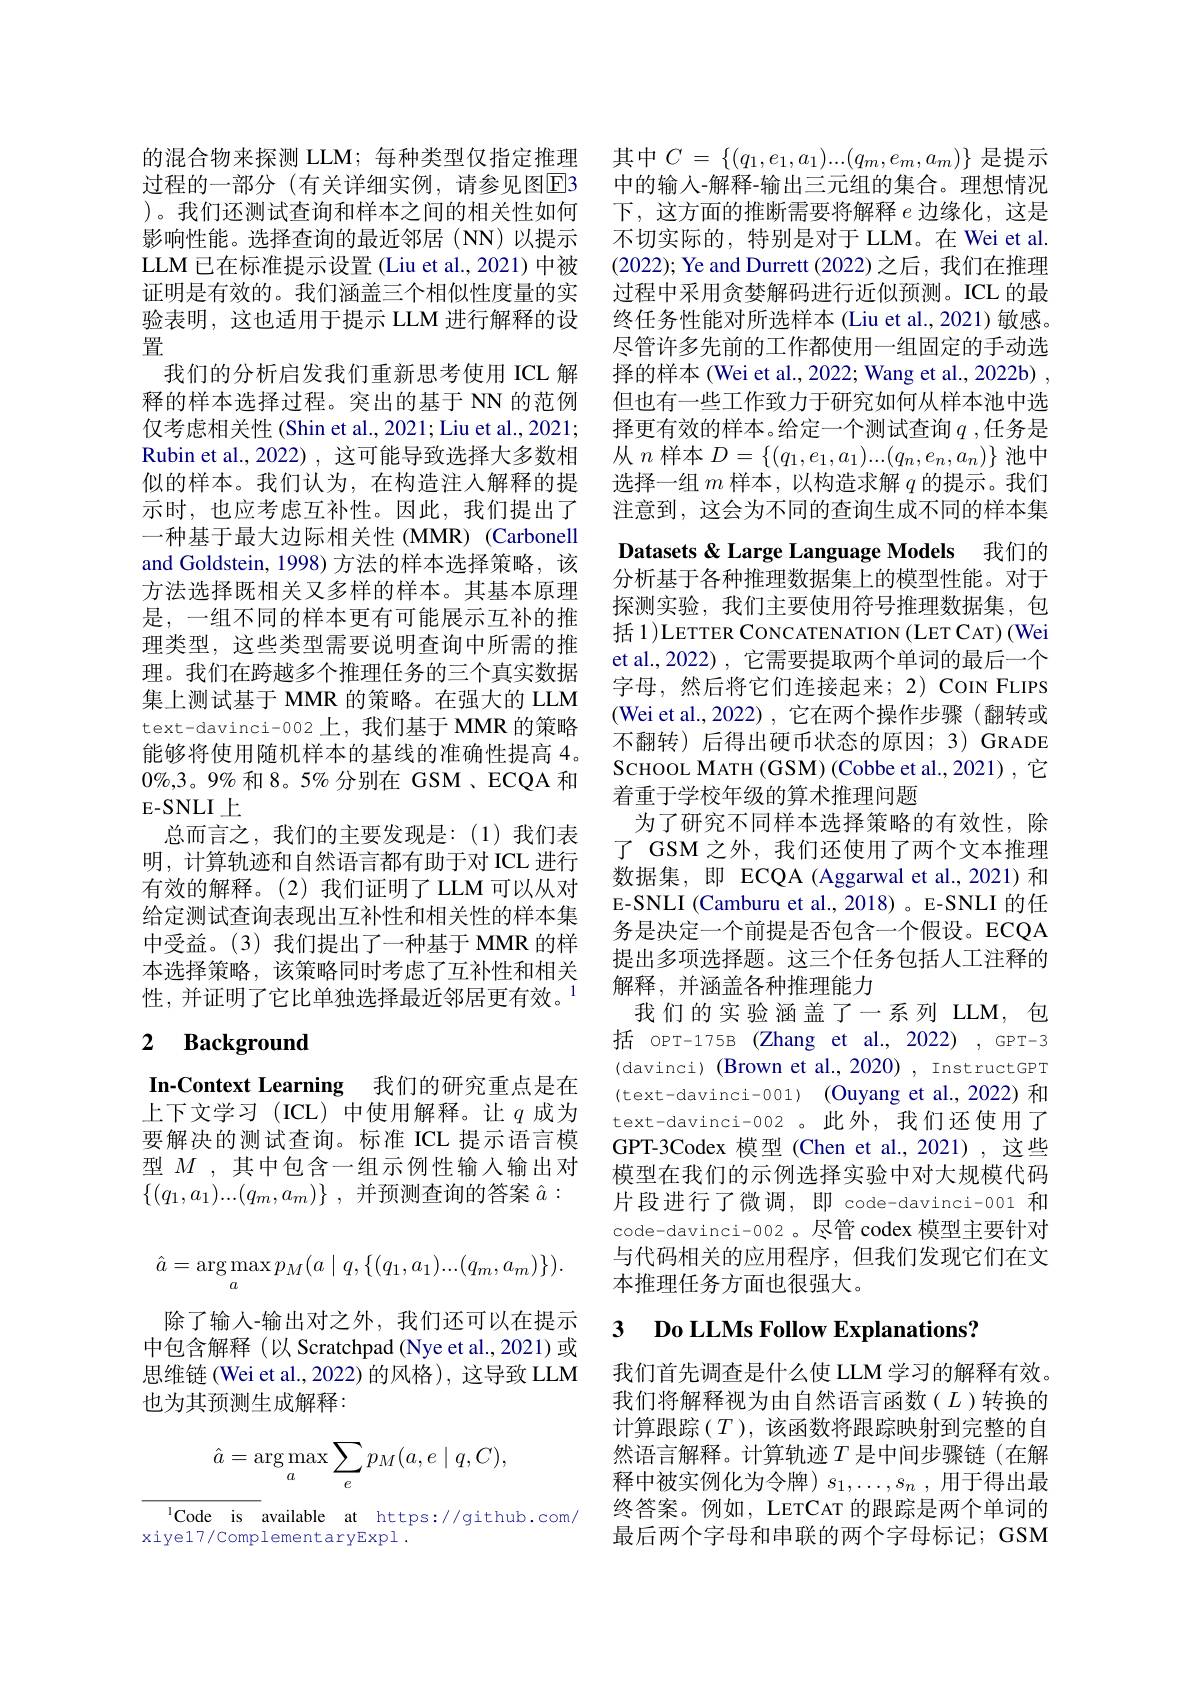
的混合物来探测 LLM; 每种类型仅指定推理 其中$C=\left\{(q_1,e_1,a_1)...(q_m,e_m,a_m)\right\}$ 是提示
过程的一部分(有关详细实例，请参见图E3 )。我们还测试查询和样本之间的相关性如何影响性能。选择查询的最近邻居(NN)以提示LLM 已在标准提示设置 (Liu et al., 2021) 中被证明是有效的。我们涵盖三个相似性度量的实验表明，这也适用于提示 LLM 进行解释的设置
我们的分析启发我们重新思考使用 ICL 解释的样本选择过程。突出的基于 NN 的范例仅考虑相关性 (Shin et al., 2021; Liu et al., 2021; Rubin et al., 2022) , 这可能导致选择大多数相似的样本。我们认为，在构造注入解释的提示时，也应考虑互补性。因此，我们提出了一种基于最大边际相关性 (MMR) (Carbonell and Goldstein, 1998) 方法的样本选择策略，该方法选择既相关又多样的样本。其基本原理是，一组不同的样本更有可能展示互补的推理类型，这些类型需要说明查询中所需的推理。我们在跨越多个推理任务的三个真实数据集上测试基于 MMR 的策略。在强大的 LLM text-davinci-002 上，我们基于 MMR 的策略能够将使用随机样本的基线的准确性提高 4。$0\%,3。9\%$和 8。5% 分别在 GSM、ECQA 和E-SNLI 上
总而言之，我们的主要发现是：(1)我们表明，计算轨迹和自然语言都有助于对 ICL 进行有效的解释。(2)我们证明了 LLM 可以从对给定测试查询表现出互补性和相关性的样本集中受益。(3)我们提出了一种基于 MMR 的样本选择策略，该策略同时考虑了互补性和相关性，并证明了它比单独选择最近邻居更有效。$^{1}$

# 2 Background

In-Context Learning 我们的研究重点是在上下文学习(ICL)中使用解释。让$q$成为要解决的测试查询。标准 ICL 提示语言模型$M$ ,其中包含一组示例性输入输出对$\{ ( q_1, a_1) . . . ( q_m, a_m) \}$ ,并预测查询的答案$\hat{a}:$
$$\hat{a}=\arg\max_ap_M(a\mid q,\{(q_1,a_1)...(q_m,a_m)\}).$$
除了输入-输出对之外，我们还可以在提示中包含解释(以 Scratchpad (Nye et al., 2021) 或思维链(Wei et al., 2022) 的风格), 这导致 LLM 也为其预测生成解释：
$$\hat{a}=\arg\max_{a}\sum_{e}p_{M}(a,e\mid q,C),$$
lCode is available at https://github.com/
xiye17/ComplementaryExpl.

Datasets & Large Language Models 我们的

中的输入-解释-输出三元组的集合。理想情况下，这方面的推断需要将解释$e$ 边缘化，这是不切实际的，特别是对于 LLM。在 Wei et al. (2022); Ye and Durrett (2022)之后，我们在推理过程中采用贪婪解码进行近似预测。ICL 的最终任务性能对所选样本(Liu et al., 2021) 敏感。尽管许多先前的工作都使用一组固定的手动选择的样本 (Wei et al., 2022; Wang et al., 2022b) , 但也有一些工作致力于研究如何从样本池中选择更有效的样本。给定一个测试查询$q$ ,任务是从$n$样本$D=\left\{(q_1,e_1,a_1)...(q_n,e_n,a_n)\right\}$池中选择一组$m$样本，以构造求解$q$的提示。我们注意到，这会为不同的查询生成不同的样本集分析基于各种推理数据集上的模型性能。对于探测实验，我们主要使用符号推理数据集，包$\operatorname{\text{括 1 )LETTER CONCATENATION (LET CAT) (Wei})}$ et al.,2022) ,它需要提取两个单词的最后一个字母，然后将它们连接起来；2)COIN FLIPS (Wei et al.,2022),它在两个操作步骤(翻转或不翻转)后得出硬币状态的原因；3)GRADE ScHOOL MATH (GSM) (Cobbe et al.,2021) ,它着重于学校年级的算术推理问题
为了研究不同样本选择策略的有效性，除了 GSM 之外，我们还使用了两个文本推理数据集，即 ECQA (Aggarwal et al.,2021)和E-SNLI (Camburu et al., 2018) 。E-SNLI 的任务是决定一个前提是否包含一个假设。ECQA 提出多项选择题。这三个任务包括人工注释的解释，并涵盖各种推理能力
我们的实验涵盖了一系列 LLM,包括 oPT-175B (Zhang et al.,2022) ,GPT-3 (davinci) (Brown et al., 2020) , InstructGPT (text-davinci-001) (Ouyang et al.,2022) 和text-davinci-002 。此外，我们还使用了GPT-3Codex 模型(Chen et al.,2021),这些模型在我们的示例选择实验中对大规模代码片段进行了微调，即 code-davinci-001 和code-davinci-002 。尽管 codex 模型主要针对与代码相关的应用程序，但我们发现它们在文本推理任务方面也很强大。
3 $\textbf{Do LLMs Follow Explanations}3$

我们首先调查是什么使 LLM 学习的解释有效。我们将解释视为由自然语言函数($L$)转换的计算跟踪$(T)$,该函数将跟踪映射到完整的自然语言解释。计算轨迹$T$ 是中间步骤链(在解释中被实例化为令牌)$s_1,\ldots,s_n$ ,用于得出最终答案。例如，LETCAT 的跟踪是两个单词的最后两个字母和串联的两个字母标记；GSM